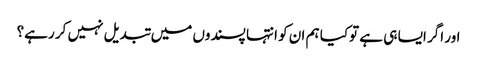
اور اگر ایسا ہی ہے توکیا ہم ان کو انتہا پسندوں میں تبدیل نہیں کر رہے؟